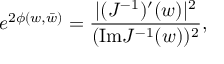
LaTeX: e ^ { 2 \phi ( w , \bar { w } ) } = { \frac { | ( J ^ { - 1 } ) ^ { \prime } ( w ) | ^ { 2 } } { ( \mathrm { I m } J ^ { - 1 } ( w ) ) ^ { 2 } } } ,